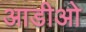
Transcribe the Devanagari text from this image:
आडीओ